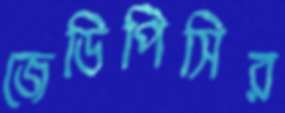
জেডিপিসির